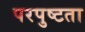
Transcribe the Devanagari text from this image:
परपुष्टता